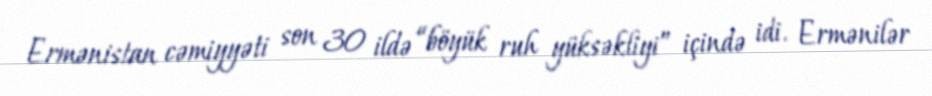
Ermənistan cəmiyyəti son 30 ildə “böyük ruh yüksəkliyi” içində idi. Ermənilər